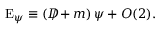
\mathrm { E } _ { \psi } \equiv \left( D \! \! \! \! \slash + m \right) \psi + { \cal O } ( 2 ) .